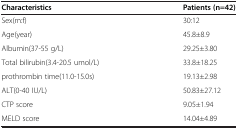
<table><thead><tr><td><b>Characteristics</b></td><td><b>Patients (n=42)</b></td></tr></thead><tbody><tr><td>Sex(m:f)</td><td>30:12</td></tr><tr><td>Age(year)</td><td>45.8±8.9</td></tr><tr><td>Albumin(37-55 g/L)</td><td>29.25±3.80</td></tr><tr><td>Total bilirubin(3.4-20.5 umol/L)</td><td>33.8±18.25</td></tr><tr><td>prothrombin time(11.0-15.0s)</td><td>19.13±2.98</td></tr><tr><td>ALT(0-40 IU/L)</td><td>50.83±27.12</td></tr><tr><td>CTP score</td><td>9.05±1.94</td></tr><tr><td>MELD score</td><td>14.04±4.89</td></tr></tbody></table>